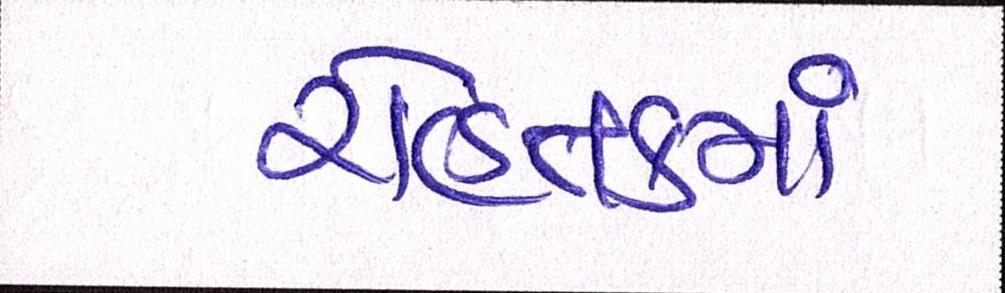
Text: રોહતકમાં